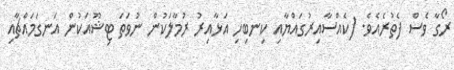
ރޯގާ ވެސް ފެތުރެއެވެ. (ކެއްސާއިރުގައްޔާއި ކިނބިހި އަޅާއިރު ރުމާލަކުން ނުވަތަ ޓިޝޫއަކުން އަނގަމައްޗާއި